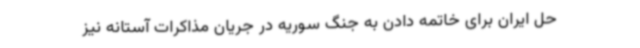
حل ایران برای خاتمه دادن به جنگ سوریه در جریان مذاکرات آستانه نیز